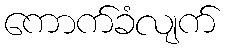
ကောက်ခံလျက်